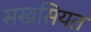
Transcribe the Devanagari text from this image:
सखसियत